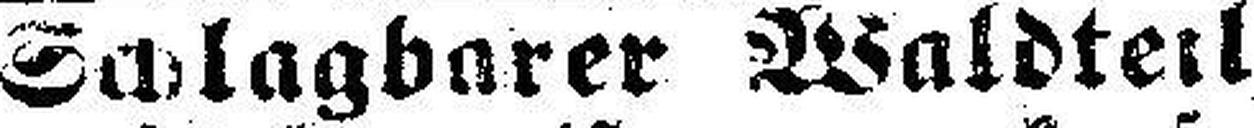
Schlagbarer Waldteil